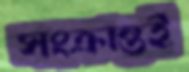
সংক্রান্তই